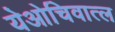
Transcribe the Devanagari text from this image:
येओचिवात्ल